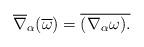
LaTeX: \begin{align*}\overline{\nabla }_{\alpha }(\overline{\omega })=\overline{(\nabla _{\alpha}\omega ).}\end{align*}